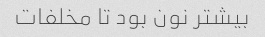
بیشتر نون بود تا مخلفات